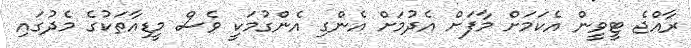
ރާއްޖެ ޓީވީން އެކަމަށް މާފަށް އެދުމަށް އެންގި އެންގުމަކީ ވެސް މީޑިއާތަކުގެ މެދުގައި